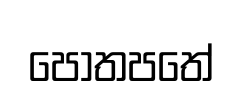
පොතපතේ